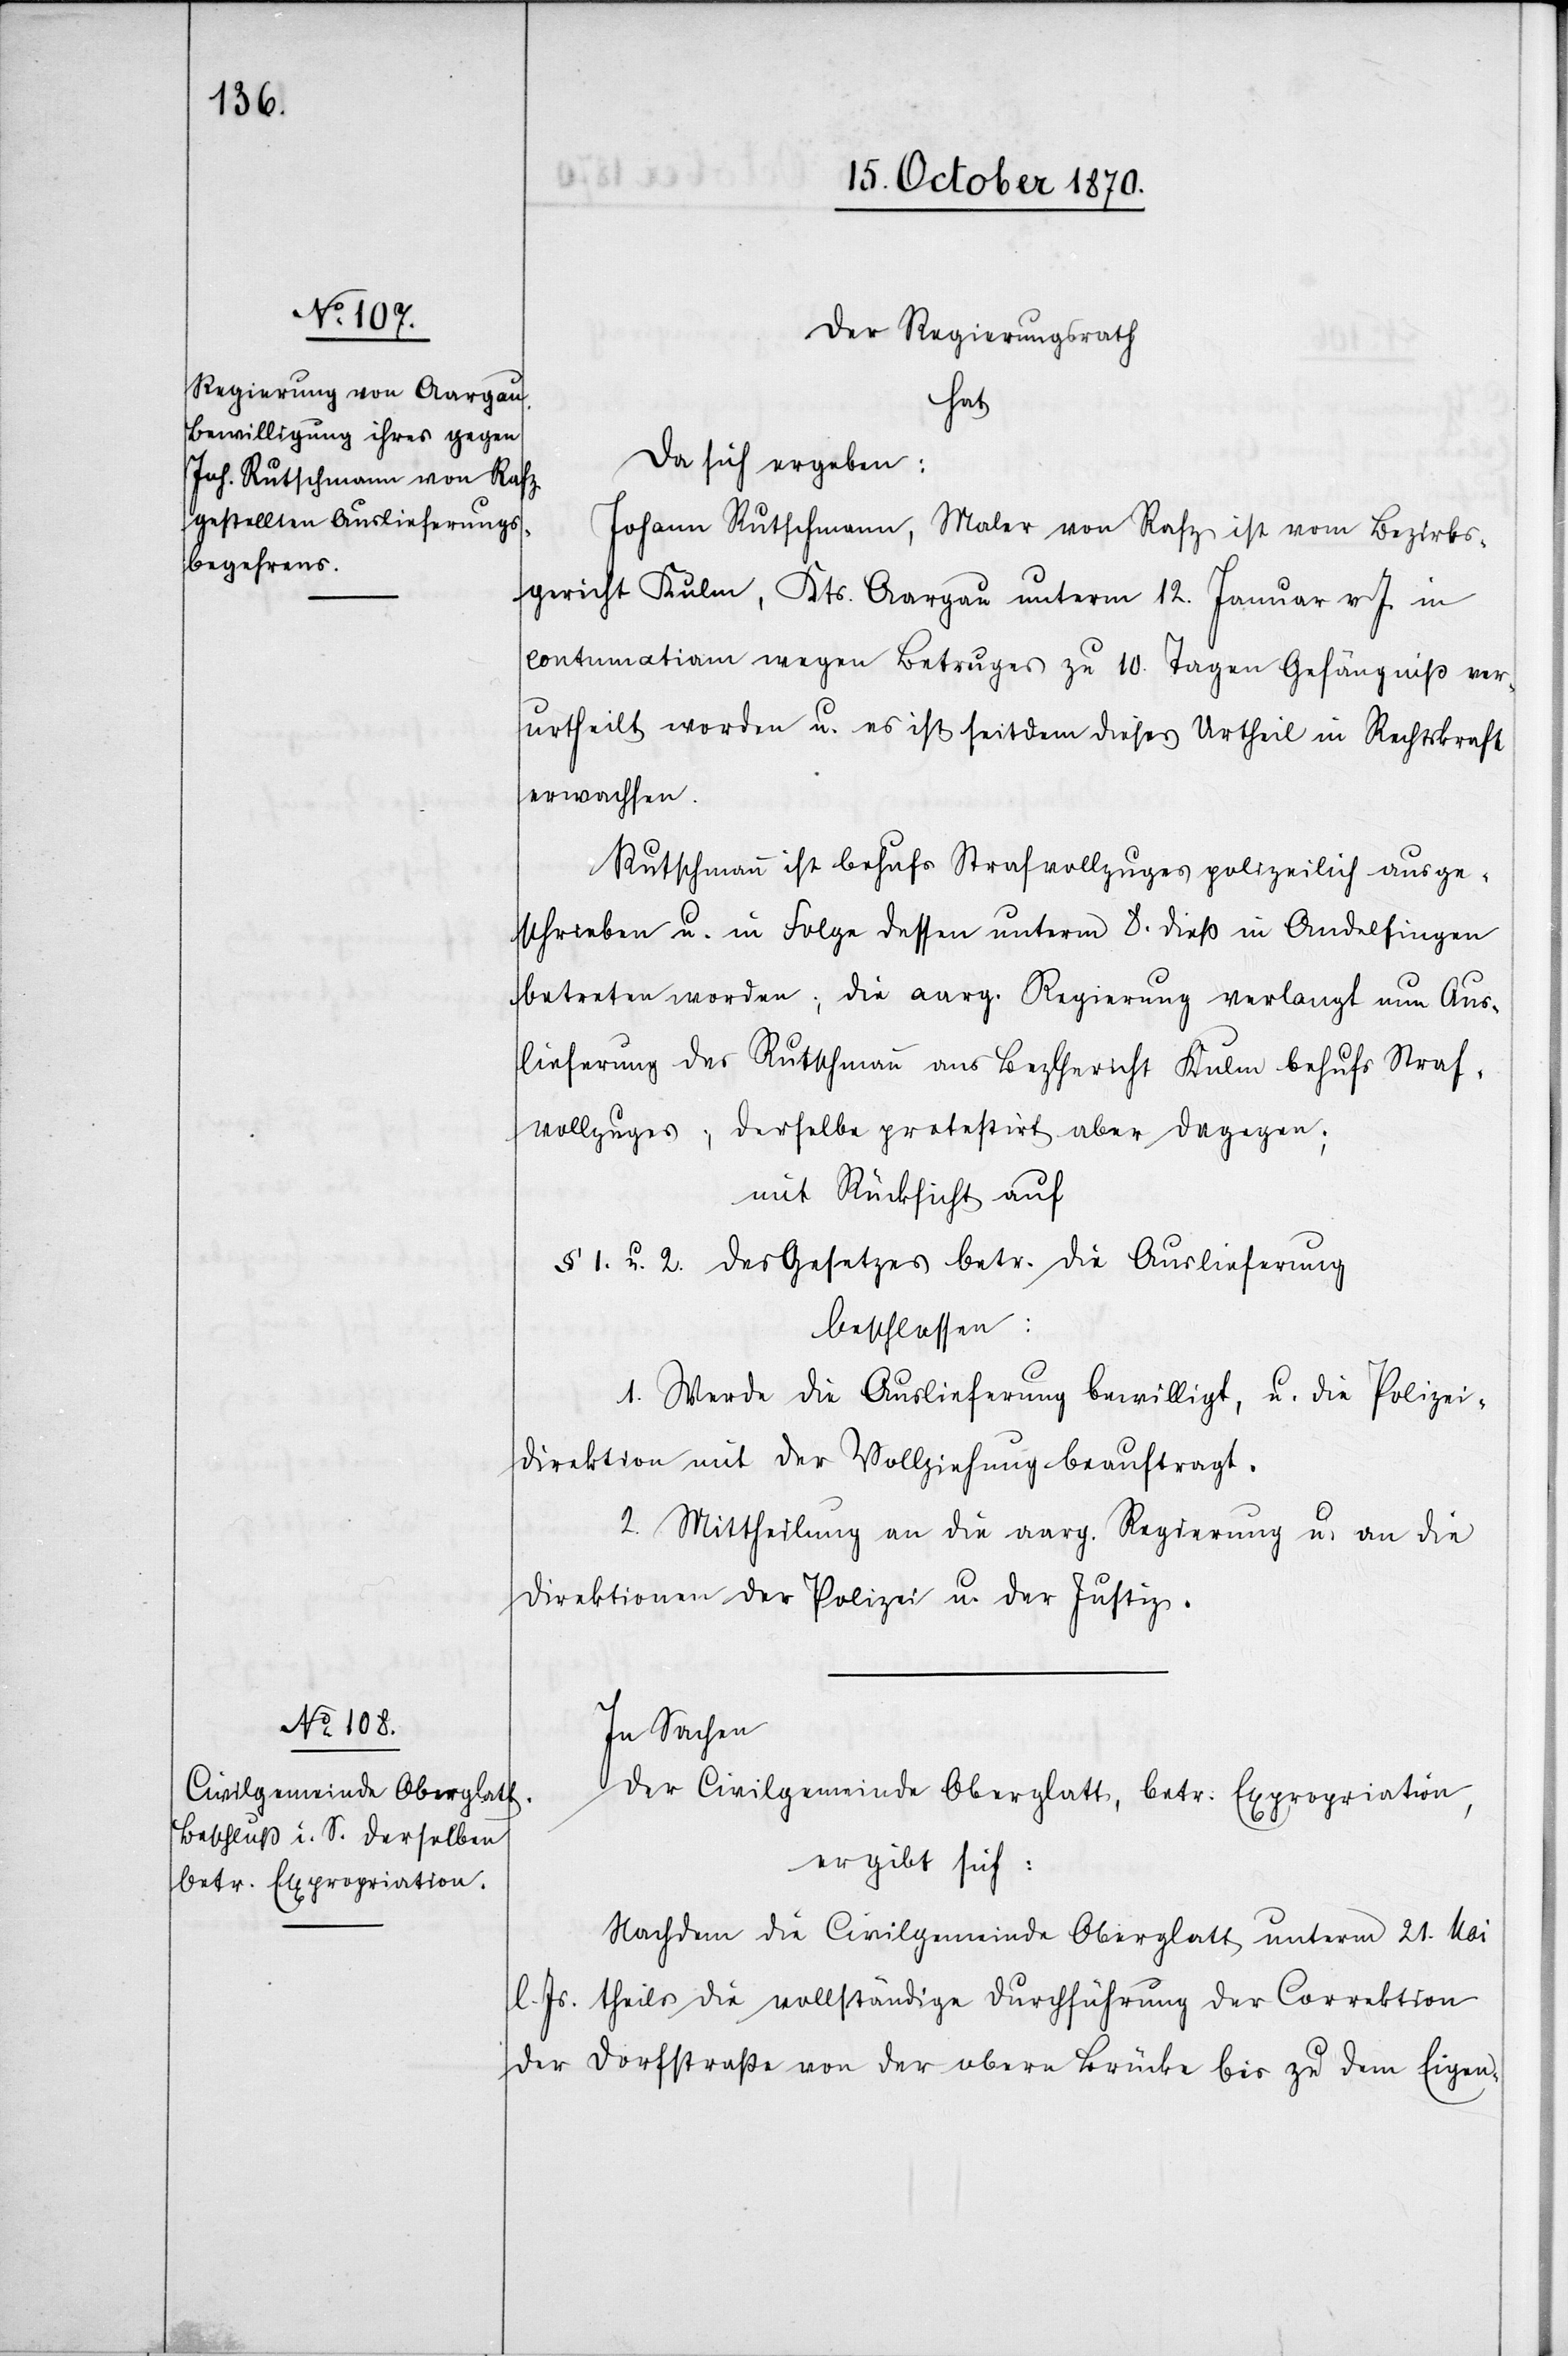
Der Regierungsrath
hat
da sich ergeben:
Johann Rutschmann, Maler von Rafz ist vom Bezirks¬
gericht Kulm, Kts. Aargau unterm 12. Januar v. J. in
contumatiam wegen Betruges zu 10. Tagen Gefängniß ver¬
urtheilt worden u. es ist seitdem dieses Urtheil in Rechtskraft
erwachsen.
Rutschmann ist behufs Strafvollzuges polizeilich ausge¬
schrieben u. in Folge dessen unterm 8. dieß in Andelfingen
betreten worden; die aarg. Regierung verlangt nun Aus¬
lieferung des Rutschmann ans BezGericht Kulm behufs Straf¬
vollzuges; derselbe protestirt aber dagegen;
mit Rücksicht auf
§ 1. u. 2. des Gesetzes betr. die Auslieferung
beschlossen:
1. Werde die Auslieferung bewilligt, u die Polizei¬
direktion mit der Vollziehung beauftragt.
2. Mittheilung an die aarg. Regierung u. an die
Direktionen der Polizei u. der Justiz.
In Sachen
der Civilgemeinde Oberglatt, betr. Expropriation,
ergibt sich:
Nachdem die Civilgemeinde Oberglatt unterm 21. Mai
l. Js. theils die vollständige Durchführung der Correktion
der Dorfstraße von der obern Brücke bis zu dem Eigen-